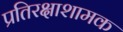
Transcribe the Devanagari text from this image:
प्रतिरक्षाशामक